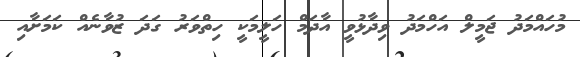
މުހައްމަދު ޖަމީލް އަހްމަދު ވިދާޅުވީ އާދަމް ހަލީމަކީ ހިތްވަރު ގަދަ ޒުވާނެއް ކަމަށާއި